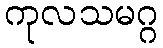
ကုလသမဂ္ဂ